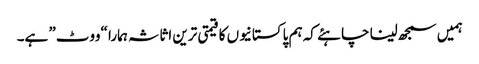
ہمیں سمجھ لینا چاہئے کہ ہم پاکستانیوں کا قیمتی ترین اثاثہ ہمارا “ووٹ” ہے۔